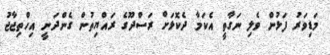
މަޑިވަރު ފަޅުން ވެލި ނަގާތީ އެކަމާ ދެކޮޅަށް ރަސްދޫގެ ރައްޔިތުން ގެންދަނީ އިހްތިޖާޖު